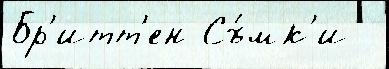
Бр'итт'ен Съ́мк'и